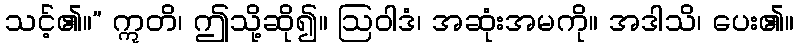
သင့်၏။” ဣတိ၊ ဤသို့ဆို၍။ ဩဝါဒံ၊ အဆုံးအမကို။ အဒါသိ၊ ပေး၏။